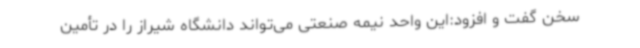
سخن گفت و افزود:این واحد نیمه صنعتی می‌تواند دانشگاه شیراز را در تأمین